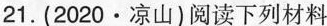
21.(2020·凉山)阅读下列材料材料”